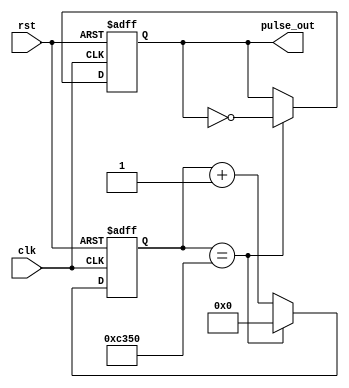
module PulseGenerator(
    input wire clk,
    input wire rst,
    output wire pulse_out
);

reg [31:0] counter;
reg pulse_reg;

always @(posedge clk or negedge rst) begin
    if (!rst) begin
        counter <= 0;
        pulse_reg <= 0;
    end else begin
        if (counter == 50000) begin
            pulse_reg <= ~pulse_reg;
            counter <= 0;
        end else begin
            counter <= counter + 1;
        end
    end
end

assign pulse_out = pulse_reg;

endmodule